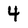
Character: 4